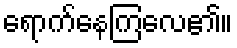
ရောက်နေကြလေ၏။